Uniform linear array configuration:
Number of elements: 64
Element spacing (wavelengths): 0.75
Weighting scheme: hamming
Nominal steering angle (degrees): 15
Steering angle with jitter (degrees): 14.255
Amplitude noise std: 0.05
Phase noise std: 0.05

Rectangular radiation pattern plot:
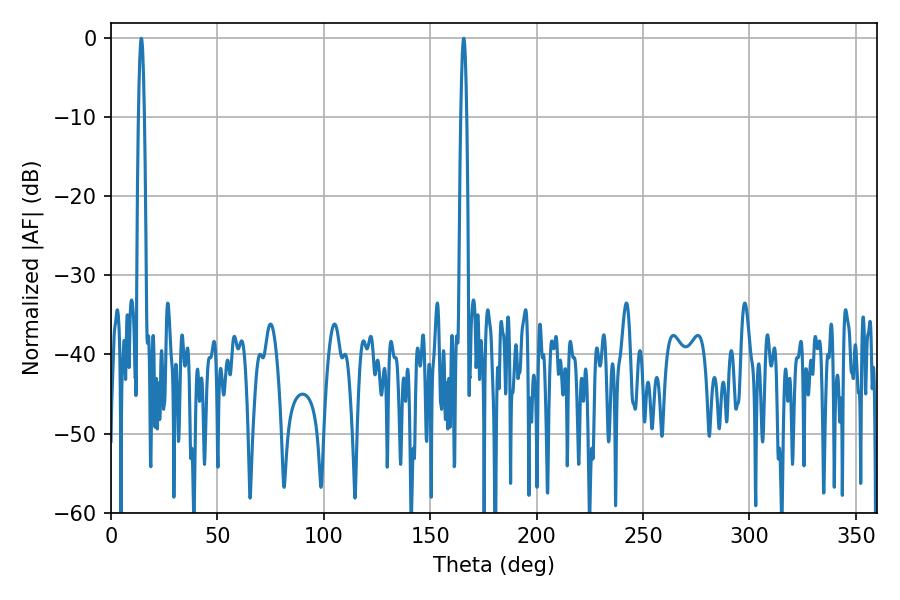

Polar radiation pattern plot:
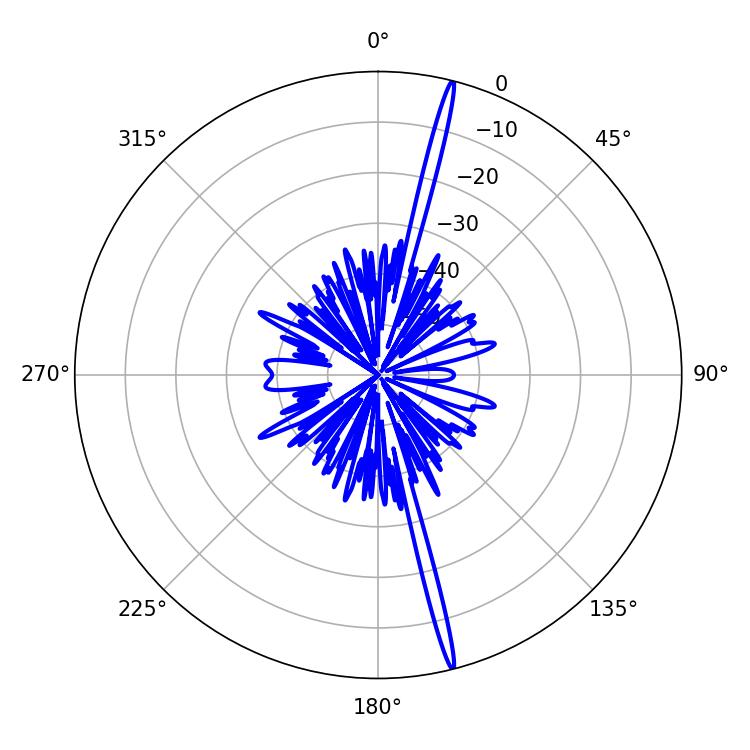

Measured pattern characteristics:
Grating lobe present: TRUE
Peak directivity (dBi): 21.382
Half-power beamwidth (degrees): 1.44
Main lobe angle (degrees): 14.22